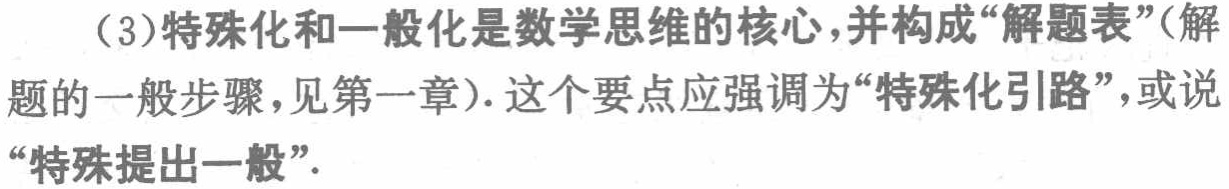
（3）特殊化和一般化是数学思维的核心,并构成“解题表”（解题的一般步骤,见第一章）. 这个要点应强调为“特殊化引路”,或说“特殊提出一般”.